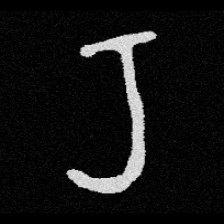
Pyu character \u2014 Myanmar letter: ရ (romanized: ra)